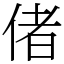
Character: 偖